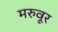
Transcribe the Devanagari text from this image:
मरुवूर